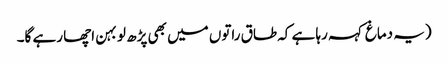
(یہ دماغ کہہ رہا ہے کہ طاق راتوں میں بھی پڑھ لو بہن اچھا رہے گا۔